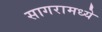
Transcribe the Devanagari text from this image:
सागरामध्ये